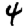
Digit: 4